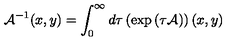
{ \cal A } ^ { - 1 } ( x , y ) = \int _ { 0 } ^ { \infty } d \tau \left( \exp \left( \tau { \cal A } \right) \right) ( x , y )